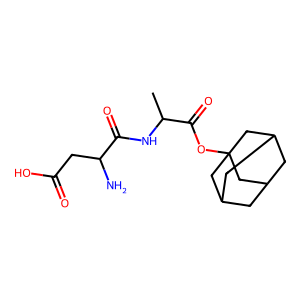
SMILES: CC(NC(=O)C(N)CC(=O)O)C(=O)OC12CC3CC(CC(C3)C1)C2
Inhibits HIV replication: No